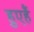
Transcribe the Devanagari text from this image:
हुएहैं